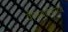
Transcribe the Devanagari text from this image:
वीरूबाईसाहेब